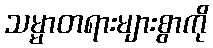
သမ္မာတရားများစွာကို